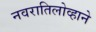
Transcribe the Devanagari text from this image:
नवरातिलोव्हाने